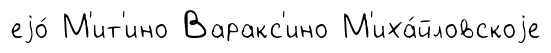
еjо́ М'ит'ино Варакс'ино М'иха́йловскоjе